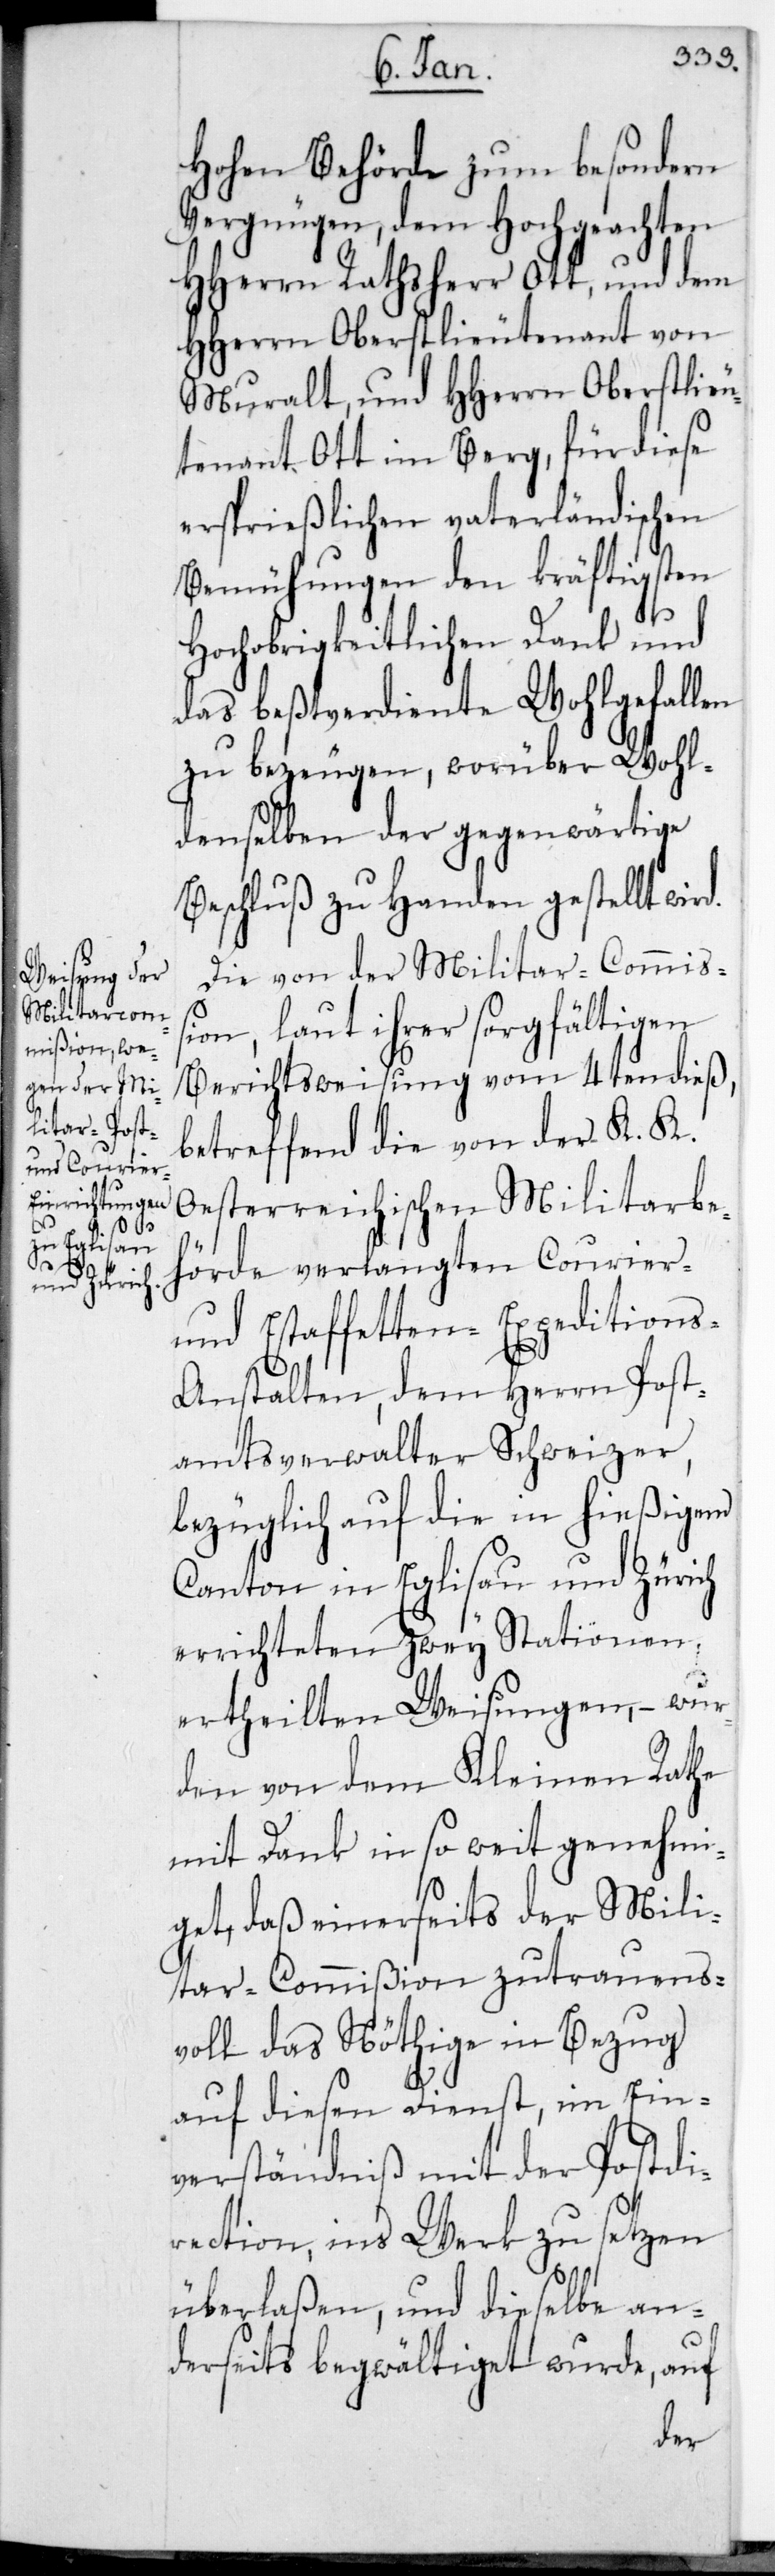
d.

Hohen Behörde zum besondern
Vergnügen, dem Hochgeachten
HHerrn Rathsherr Ott, und dem
HHerrn Oberstlieutenant von
Muralt, und HHerrn Oberstlieu¬
tenant Ott im Berg, für diese
ersprießlichen vaterländischen
Bemühungen den kräftigsten
Hochobrigkeitlichen Dank und
das bestverdiente Wohlgefallen
zu bezeugen, worüber Wohl¬
denselben der gegenwärtige
Beschluß zu Handen gestellt wir¬
Die von der Militar-Commiß¬
ion, laut ihrer sorgfältigen
Berichtsweisung vom 4ten dieß,
betreffend die von der K. K.
Oesterreichischen Militarbe¬
hörde verlangten Courier-
und Estaffetten-Expedition¬
s-Anstalten, dem Herrn Post¬
amtsverwalter Schweizer,
bezüglich auf die in hießigem
Canton in Eglisau und Zürich
errichteten zwey Stationen,
ertheilten Weisungen, – wur¬
den von dem Kleinen Rathe
mit Dank in so weit genehmi¬
get, daß einerseits der Mili¬
tar-Commißion zutrauens¬
voll das Nöthige in Bezug
auf diesen Dienst, im Ein¬
verständniß mit der Postdi¬
rection, ins Werk zu setzen
überlaßen, und dieselbe an¬
derseits begwältiget wurde, auf